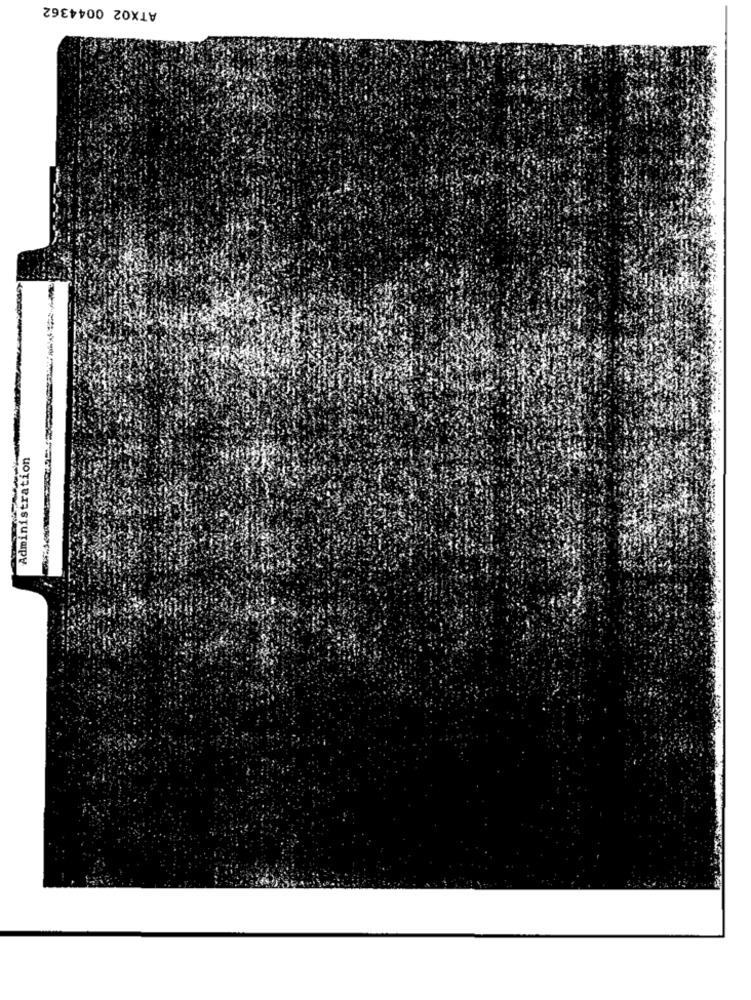
ATX02 0044362
Administration